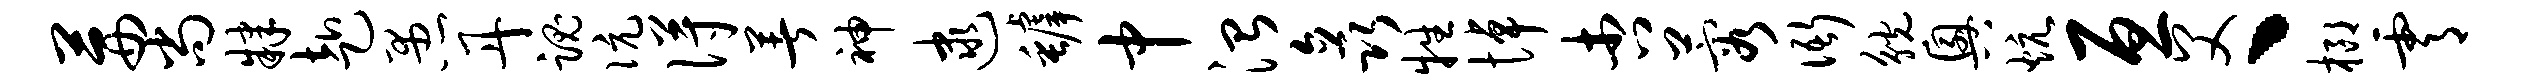
茜尚肄赴愚丹魂伉得著神逮罅中治矗牲悼杏蓉衙觥兴炕亘父丶榔霄